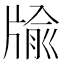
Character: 牏